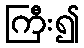
ကြီး၍